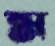
ম